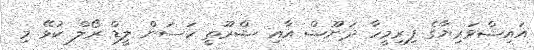
އައިޝްވަރިޔާގެ ފިރިމީހާ ދަނޫޝް އާއި ޝްރޫތީ ހަސަން ލީޑް ރޯލް ކުޅޭ މި